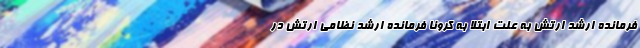
فرمانده ارشد ارتش به علت ابتلا به کرونا فرمانده ارشد نظامی ارتش در